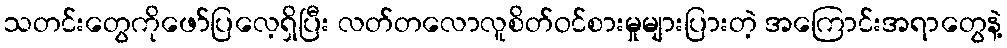
သတင်းတွေကိုဖော်ပြလေ့ရှိပြီး လတ်တလောလူစိတ်ဝင်စားမှုများပြားတဲ့ အကြောင်းအရာတွေနဲ့